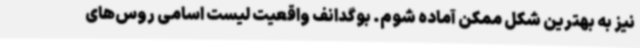
نیز به بهترین شکل ممکن آماده شوم. بوگدانف واقعیت لیست اسامی روس‌های